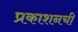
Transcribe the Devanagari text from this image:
प्रकाशनची